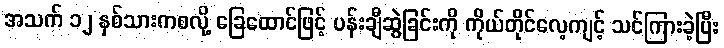
အသက် ၁၂ နှစ်သားကစလို့ ခြေထောင်ဖြင့် ပန်းချီဆွဲခြင်းကို ကိုယ်တိုင်လေ့ကျင့် သင်ကြားခဲ့ပြီး